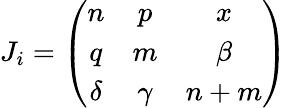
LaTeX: J_{i}=\left(\begin{array}{ccc}{{n}}&{{p}}&{{x}}\\ {{q}}&{{m}}&{{\beta}}\\ {{\delta}}&{{\gamma}}&{{n+m}}\end{array}\right)